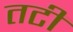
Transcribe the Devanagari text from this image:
तटीं